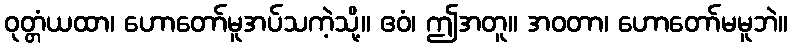
ဝုတ္တံယထာ၊ ဟောတော်မူအပ်သကဲ့သို့။ ဧဝံ၊ ဤအတူ။ အဝတာ၊ ဟောတော်မမူဘဲ။